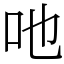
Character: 吔